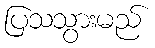
ပြသသွားမည်